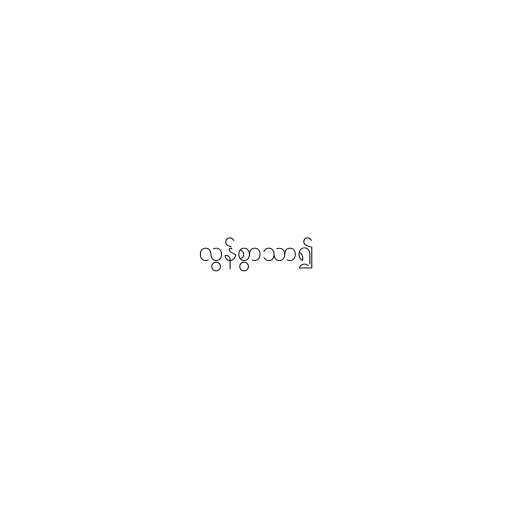
လွန်စွာသာ၍